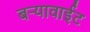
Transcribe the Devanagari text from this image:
बऱ्यावाईट